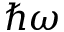
\hbar \omega